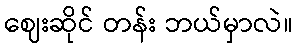
ဈေးဆိုင် တန်း ဘယ်မှာလဲ။